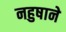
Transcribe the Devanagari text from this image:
नहुषाने